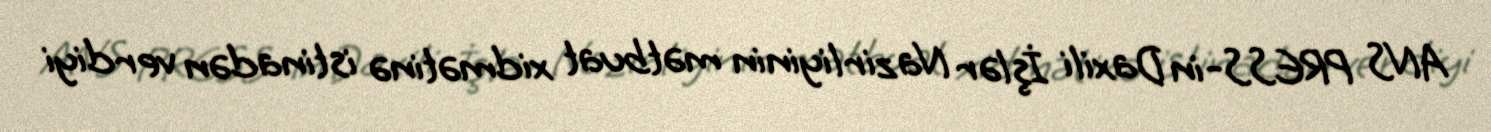
ANS PRESS-in Daxili İşlər Nazirliyinin mətbuat xidmətinə istinadən verdiyi